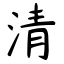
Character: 清